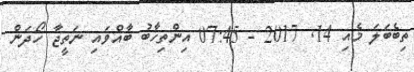
ތިބެބަލަ މެއި 14